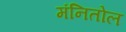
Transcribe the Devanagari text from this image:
मंनितोल